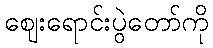
ဈေးရောင်းပွဲတော်ကို